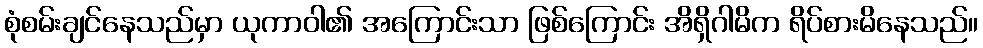
စုံစမ်းချင်နေသည်မှာ ယုကာဝါ၏ အကြောင်းသာ ဖြစ်ကြောင်း အိရှိဂါမိက ရိပ်စားမိနေသည်။